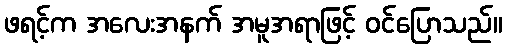
ဖရင့်က အလေးအနက် အမူအရာဖြင့် ဝင်ပြောသည်။